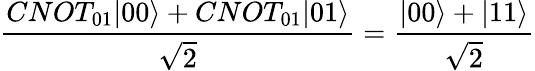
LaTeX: \frac{CNOT_{01}|00\rangle+CNOT_{01}|01\rangle}{\sqrt{2}}=\frac{|00\rangle+|11\rangle}{\sqrt{2}}